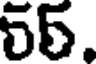
55.